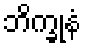
ဘိက္ခုနံ